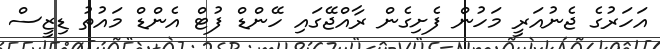
އަހަރުގެ ޖެނުއަރީ މަހުން ފެށިގެން ރާއްޖޭގައި ހޭންޑް ފުޓް އެންޑް މައުތު ޑިޒީސް